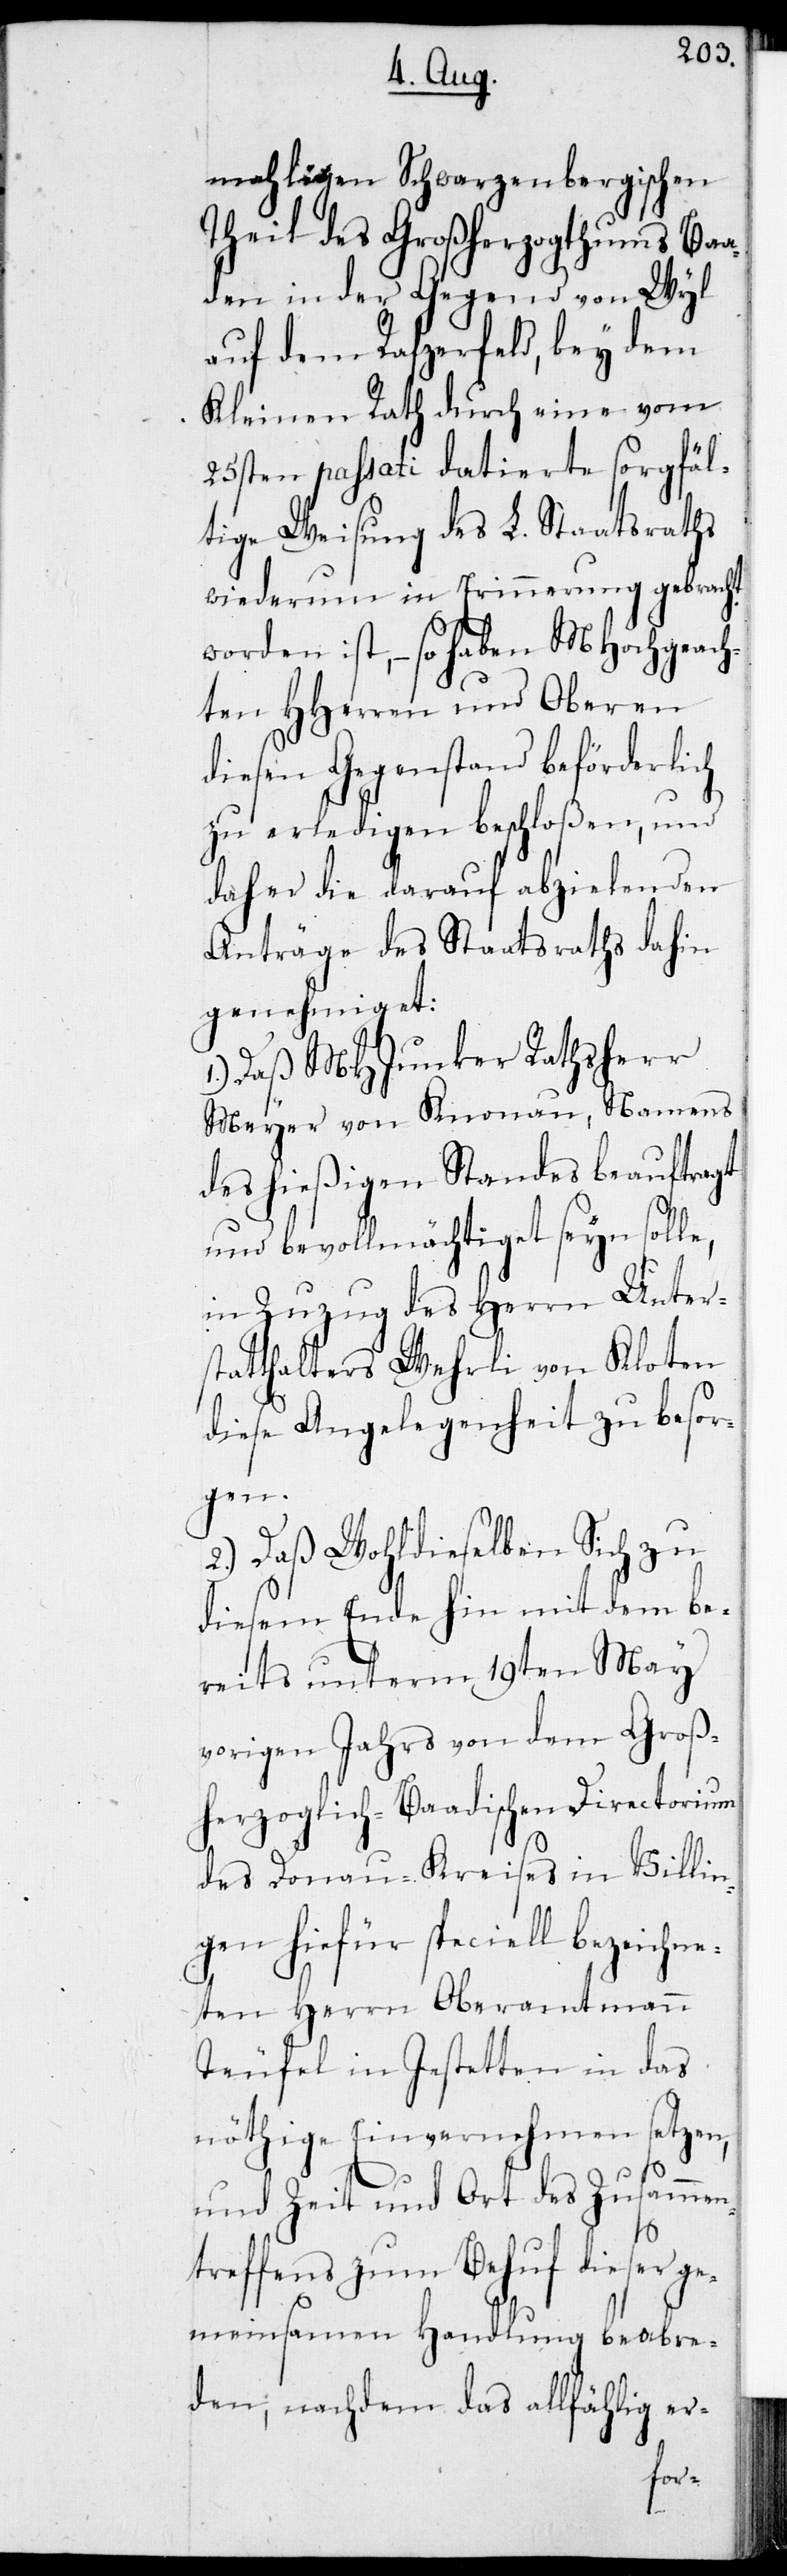
mahligen Schwarzenbergischen
Theil des Großherzogthums Baa¬
den in der Gegend von Wyl
auf dem Rafzerfeld, bey dem
Kleinen Rath durch eine vom
25sten passati datierte sorgfäl¬
tige Weisung des L. Staatsraths
wiederum in Erinnerung gebracht
worden ist, – so haben MHochgeach¬
ten HHerren und Oberen
diesen Gegenstand beförderlich
zu erledigen beschloßen, und
daher die darauf abzielenden
Anträge des Staatsraths dahin
genehmiget:
Daß MHJunker Rathsherr
Meyer von Knonau, Namens
des hießigen Standes beauftragt
und bevollmächtiget seyn solle,
in Zuzug des Herrn Unter¬
statthalters Wehrli von Kloten
diese Angelegenheit zu besor¬
gen.
2.) Daß Wohldieselben Sich zu
diesem Ende hin mit dem be¬
reits unterm 19ten May
vorigen Jahrs von dem Groß¬
herzoglich-Baadischen Directorium
des Donau-Kreises in Villin¬
gen hierfür speciell bezeich¬
neten Herrn Oberamtmann
Teufel in Jestetten in das
nöthige Einvernehmen setzen,
und Zeit und Ort des Zusammen¬
treffens zum Behuf dieser ge¬
meinsamen Handlung beabre¬
den; nachdem das allfählig er-